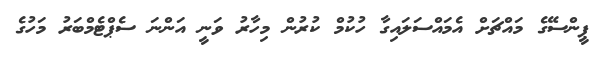
ޕީންސޭގެ މައްޗަށް އެމައްސަލައިގާ ހުކުމް ކުރުން މިހާރު ވަނީ އަންނަ ސެޕްޓެމްބަރު މަހުގެ